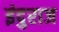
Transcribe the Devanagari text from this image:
इंदुराज